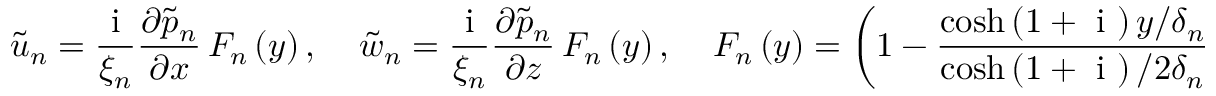
\tilde { u } _ { n } = \frac { \mathrm { ~ i ~ } } { \xi _ { n } } \frac { \partial \tilde { p } _ { n } } { \partial x } \, F _ { n } \left( y \right) , \ \ \ \ \ \tilde { w } _ { n } = \frac { \mathrm { ~ i ~ } } { \xi _ { n } } \frac { \partial \tilde { p } _ { n } } { \partial z } \, F _ { n } \left( y \right) , \ \ \ \ \ F _ { n } \left( y \right) = \left( 1 - \frac { \cosh { \left( 1 + \mathrm { ~ i ~ } \right) y / \delta _ { n } } } { \cosh { \left( 1 + \mathrm { ~ i ~ } \right) / 2 \delta _ { n } } } \right) ,